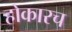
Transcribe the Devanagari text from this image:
होकारच